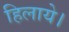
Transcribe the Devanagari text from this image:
हिलाये।